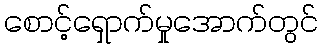
စောင့်ရှောက်မှုအောက်တွင်